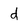
Character: d